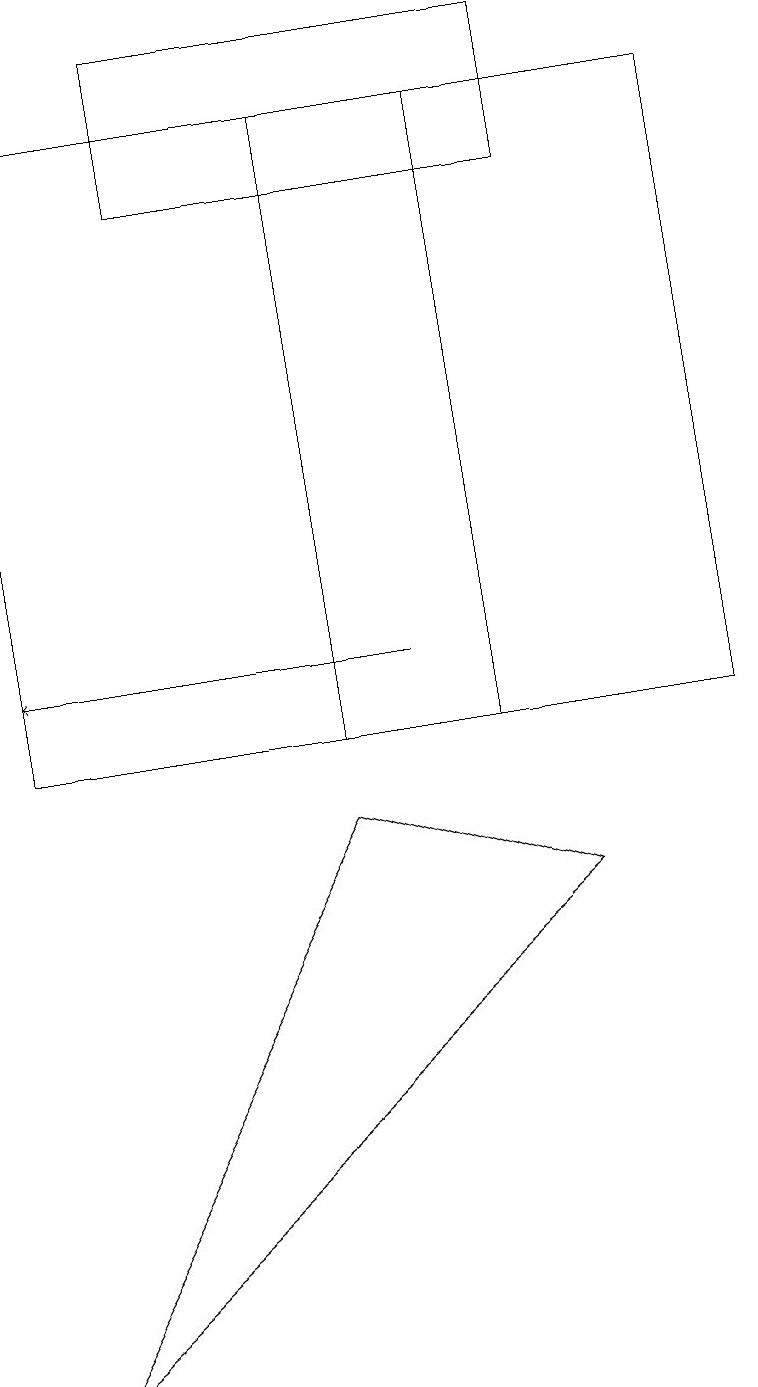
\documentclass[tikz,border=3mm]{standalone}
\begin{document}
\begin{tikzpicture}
\draw (0,10) rectangle (9,18);
\draw (7,19) rectangle (2,17);
\draw (6,18) rectangle (4,10);
\draw[->] (5,11) -- (0,11);
\draw (7,8) -- (0,2) -- (4,9) -- cycle;
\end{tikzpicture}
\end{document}